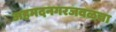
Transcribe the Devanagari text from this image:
अहमदनगरजवळचा